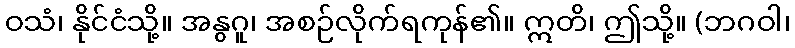
ဝသံ၊ နိုင်ငံသို့။ အနွဂူ၊ အစဉ်လိုက်ရကုန်၏။ ဣတိ၊ ဤသို့။ (ဘဂဝါ၊